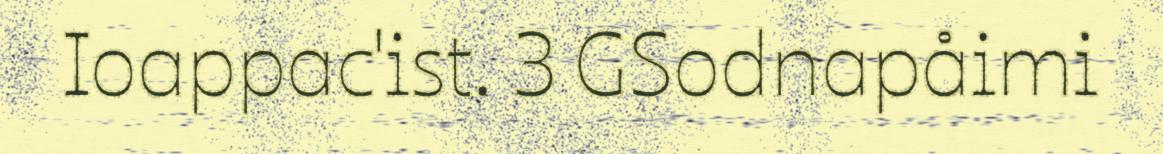
Ioappac'ist. 3 GSodnapåimi